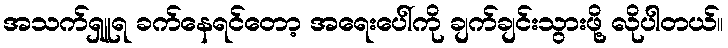
အသက်ရှူရ ခက်နေရင်တော့ အရေးပေါ်ကို ချက်ချင်းသွားဖို့ လိုပါတယ်။